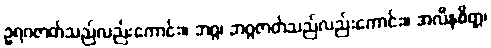
ဥရဂဇာတ်သည်လည်းကောင်း။ ဘဂ္ဂ၊ ဘဂ္ဂဇာတ်သည်လည်းကောင်း။ အလီနစိတ္တ၊